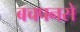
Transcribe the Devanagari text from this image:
बचपनसे